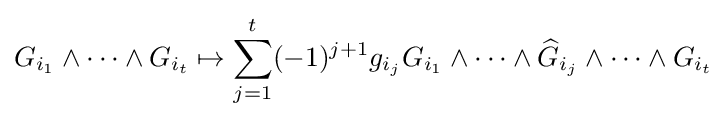
G_{i_{1}}\wedge \cdots \wedge G_{i_{t}}\mapsto \sum _{j=1}^{t}(-1)^{j+1}g_{i_{j}}G_{i_{1}}\wedge \cdots \wedge {\widehat {G}}_{i_{j}}\wedge \cdots \wedge G_{i_{t}}